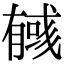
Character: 𢒰